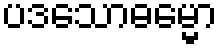
ပဒသောဓမ္မော